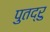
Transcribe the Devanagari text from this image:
पुतद्रु